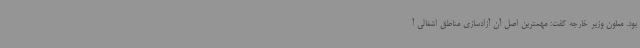
بود. معاون وزیر خارجه گفت: مهمترین اصل آن آزادسازی مناطق اشغالی آ